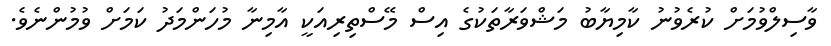
ވާސިލްވުމަށް ކުރެވުނު ކާމިޔާބު މަޝްވަރާތަކުގެ އިސް މޭސްތިރިއަކީ އާމިނާ މުހަންމަދު ކަމަށް ވުމުންނެވެ.